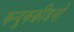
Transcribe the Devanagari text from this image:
कन्दुकक्रीडनो